Sleeping sickness
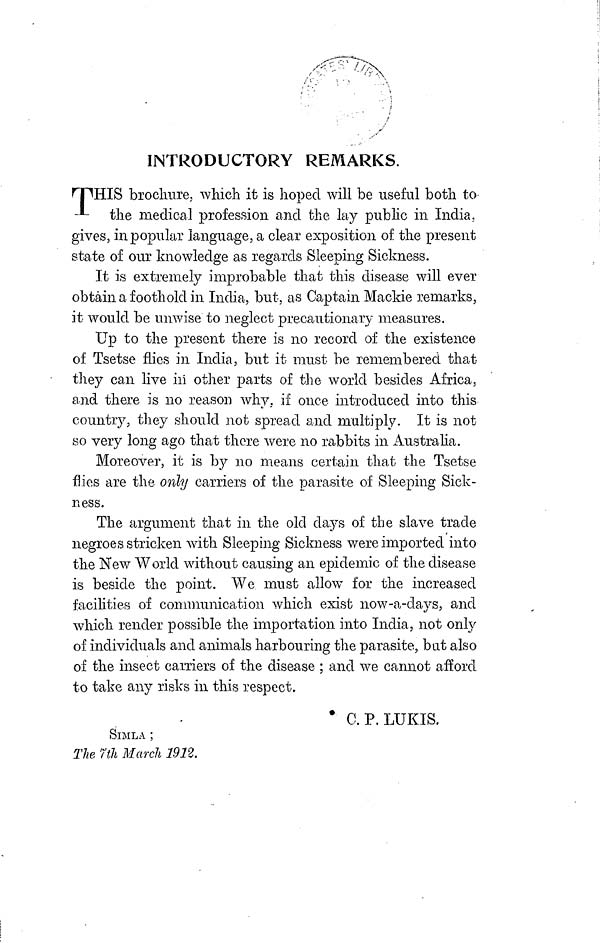
INTRODUCTORY REMARKS.
THIS brochure, which it is hoped will be useful both to
the
medical profession and the lay public in India,
gives, in popular language, a clear exposition of the present
state of our knowledge as regards Sleeping Sickness.
It is extremely improbable that this disease will ever
obtain a foothold in India, but, as Captain Mackie remarks,
it would be unwise to neglect precautionary measures.
Up to the present there is no record of the existence
of Tsetse flies in India, but it must be remembered that
they can live in other parts of the world besides Africa,
and there is no reason why. if once introduced into this
country, they should not spread and multiply. It is not
so very long ago that there were no rabbits in Australia.
Moreover, it is by no means certain that the Tsetse
flies are the only carriers of the parasite of Sleeping Sick-
ness.
The argument that in the old days of the slave trade
negroes stricken with. Sleeping Sickness were imported into
the New World without causing an epidemic of the disease
is beside the point. We must allow for the increased
facilities of communication which exist now-a-days, and
which render possible the importation into India, not only
of individuals and animals harbouring the parasite, bat also
of the insect carriers of the disease ; and we cannot afford
to take any risks in this respect.
C. P. LUKIS.
SIMLA ;
The 7th March 1912.